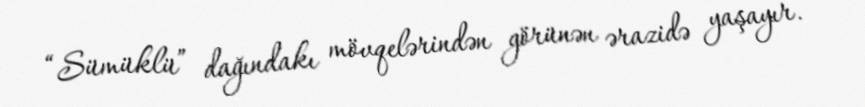
“Sümüklü” dağındakı mövqelərindən görünən ərazidə yaşayır.